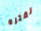
لفتره